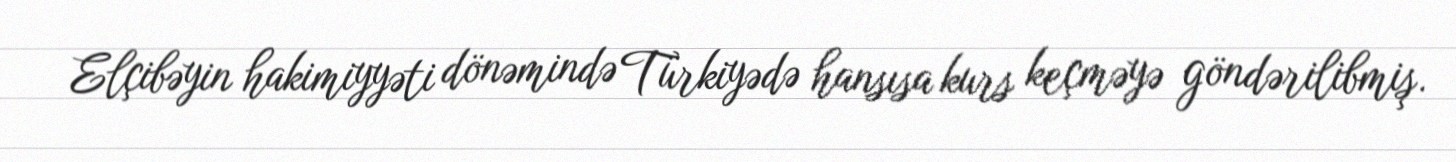
Elçibəyin hakimiyyəti dönəmində Türkiyədə hansısa kurs keçməyə göndərilibmiş.